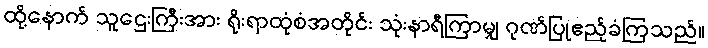
ထို့နောက် သူဌေးကြီးအား ရိုးရာထုံစံအတိုင်း သုံးနာရီကြာမျှ ဂုဏ်ပြုဧည့်ခံကြသည်။